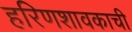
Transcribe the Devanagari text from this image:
हरिणशावकाची